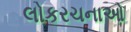
લોકરચનાઓ